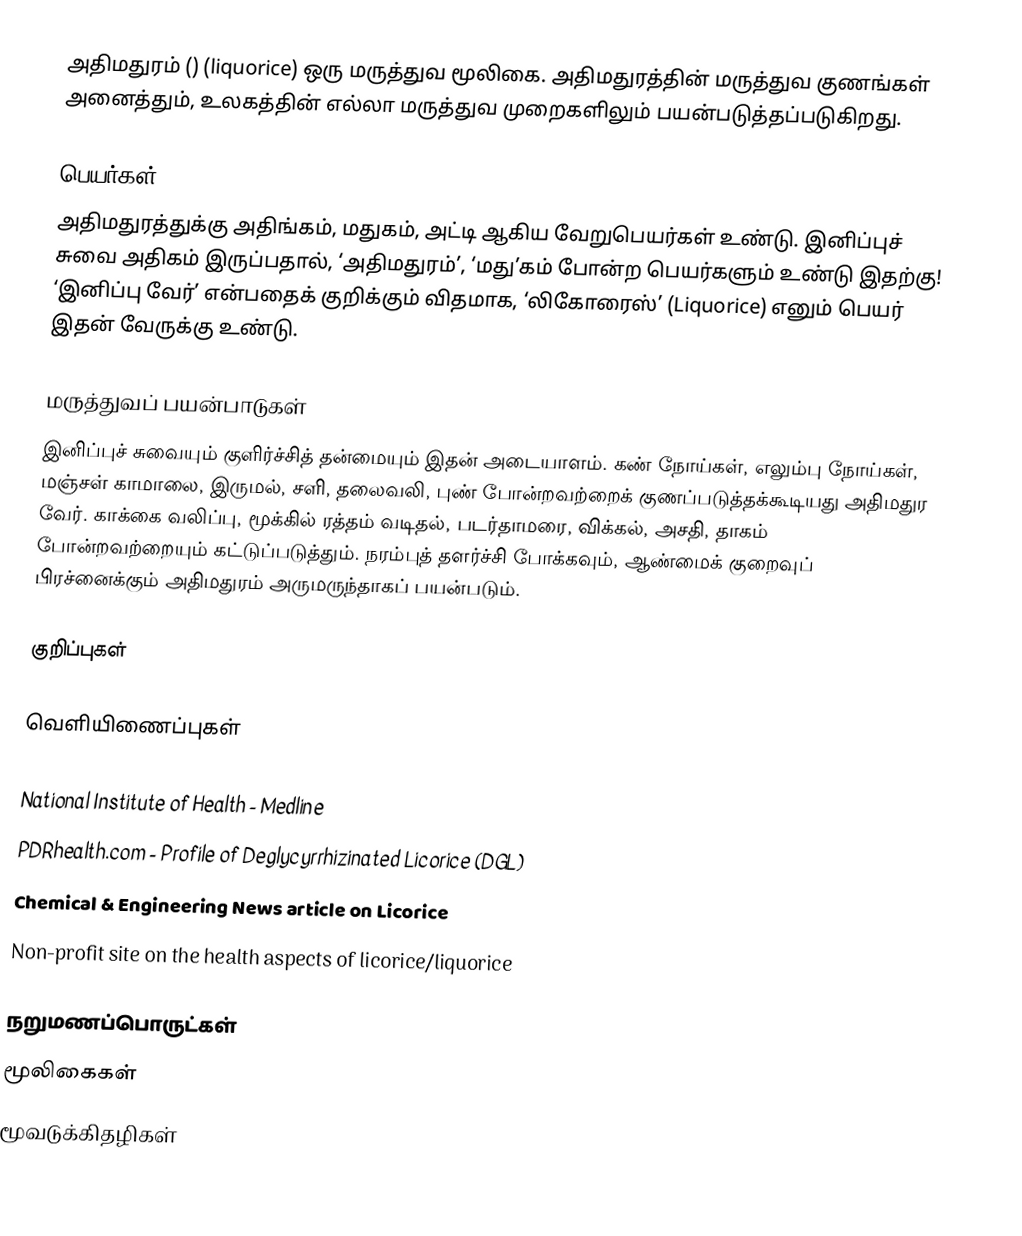
அதிமதுரம் () (liquorice) ஒரு மருத்துவ மூலிகை. அதிமதுரத்தின் மருத்துவ குணங்கள் அனைத்தும், உலகத்தின் எல்லா மருத்துவ முறைகளிலும் பயன்படுத்தப்படுகிறது.

பெயர்கள்
அதிமதுரத்துக்கு அதிங்கம், மதுகம், அட்டி ஆகிய வேறுபெயர்கள் உண்டு. இனிப்புச் சுவை அதிகம் இருப்பதால், ‘அதிமதுரம்’, ‘மது’கம் போன்ற பெயர்களும் உண்டு இதற்கு! ‘இனிப்பு வேர்’ என்பதைக் குறிக்கும் விதமாக, ‘லிகோரைஸ்’ (Liquorice) எனும் பெயர் இதன் வேருக்கு உண்டு.

மருத்துவப் பயன்பாடுகள்
இனிப்புச் சுவையும் குளிர்ச்சித் தன்மையும் இதன் அடையாளம். கண் நோய்கள், எலும்பு நோய்கள், மஞ்சள் காமாலை, இருமல், சளி, தலைவலி, புண் போன்றவற்றைக் குணப்படுத்தக்கூடியது அதிமதுர வேர். காக்கை வலிப்பு, மூக்கில் ரத்தம் வடிதல், படர்தாமரை, விக்கல், அசதி, தாகம் போன்றவற்றையும் கட்டுப்படுத்தும். நரம்புத் தளர்ச்சி போக்கவும், ஆண்மைக் குறைவுப் பிரச்னைக்கும் அதிமதுரம் அருமருந்தாகப் பயன்படும்.

குறிப்புகள்

வெளியிணைப்புகள்

 National Institute of Health - Medline
 PDRhealth.com - Profile of Deglycyrrhizinated Licorice (DGL)
 Chemical & Engineering News article on Licorice
 Non-profit site on the health aspects of licorice/liquorice

நறுமணப்பொருட்கள்
மூலிகைகள்
மூவடுக்கிதழிகள்